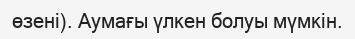
өзені). Аумағы үлкен болуы мүмкін.